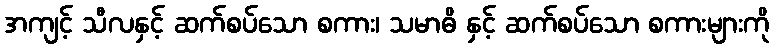
အကျင့် သီလနှင့် ဆက်စပ်သော စကား၊ သမာဓိ နှင့် ဆက်စပ်သော စကားများကို